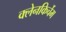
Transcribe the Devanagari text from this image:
क्लेनकिर्चेम